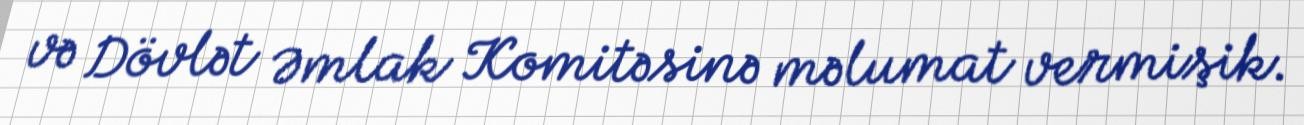
və Dövlət Əmlak Komitəsinə məlumat vermişik.